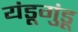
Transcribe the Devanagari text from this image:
यंडूगुंडू